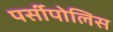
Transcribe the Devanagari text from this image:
पर्सीपोलिस